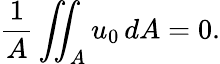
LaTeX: \frac{1}{A}\iint_{A}u_{0}\, dA=0.